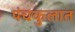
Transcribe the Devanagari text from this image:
पंचकुलात